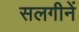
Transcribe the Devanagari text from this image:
सलगीनें